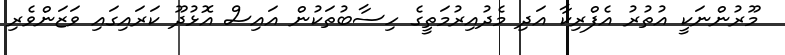
މޫރުންނަކީ އުތުރު އެފްރިކާ އަދި މެދުއިރުމަތީގެ ހިސާބުތަކުން އައިސް އޮޅުދޫ ކަރައިގައި ވަޒަންވެރި